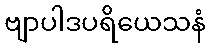
ဗျာပါဒပရိယေသနံ